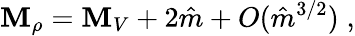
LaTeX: \mathbf{M}_{\rho}=\mathbf{M}_{V}+2\hat{{m}}+O(\hat{{m}}^{3/2})\; ,